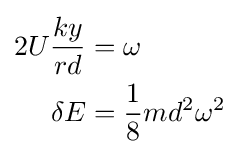
{\begin{aligned}2U{\frac {ky}{rd}}&=\omega \\\delta E&={\frac {1}{8}}md^{2}\omega ^{2}\end{aligned}}